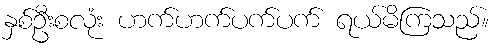
နှစ်ဦးစလုံး ဟက်ဟက်ပက်ပက် ရယ်မိကြသည်။